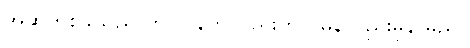
အဆိုတစ်ခုသည် တပြိုင်နက်တည်းတွင် မှန်လည်းမှန် မည်။